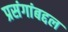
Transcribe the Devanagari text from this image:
प्रसंगांबद्दल